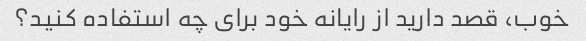
خوب، قصد دارید از رایانه خود برای چه استفاده کنید؟